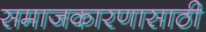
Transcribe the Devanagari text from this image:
समाजकारणासाठी